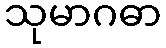
သုမာဂဓာ